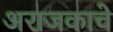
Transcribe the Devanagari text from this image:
अराजकाचे